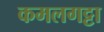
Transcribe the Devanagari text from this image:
कमलगट्टा